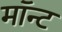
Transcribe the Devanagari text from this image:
मॉन्ट